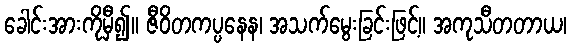
ခေါင်းအားကိုမှီ၍။ ဇီဝိတကပ္ပနေန၊ အသက်မွေးခြင်းဖြင့်။ အကုသီတတာယ၊